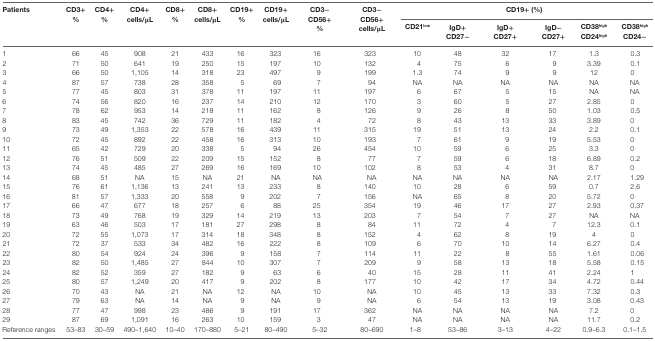
<table><thead><tr><td rowspan="2"><b>Patients</b></td><td rowspan="2"><b>CD3+%</b></td><td rowspan="2"><b>CD4+%</b></td><td rowspan="2"><b>CD4+cells/μL</b></td><td rowspan="2"><b>CD8+%</b></td><td rowspan="2"><b>CD8+cells/μL</b></td><td rowspan="2"><b>CD19+%</b></td><td rowspan="2"><b>CD19+cells/μL</b></td><td rowspan="2"><b>CD3−CD56+%</b></td><td rowspan="2"><b>CD3−CD56+cells/μL</b></td><td colspan="6"><b>CD19+ (%)</b></td></tr><tr><td><b>CD21<sup>low</sup></b></td><td><b>IgD+CD27−</b></td><td><b>IgD+CD27+</b></td><td><b>IgD−CD27+</b></td><td><b>CD38<sup>high</sup>CD24<sup>high</sup></b></td><td><b>CD38<sup>high</sup>CD24−</b></td></tr></thead><tbody><tr><td>1</td><td>66</td><td>45</td><td>908</td><td>21</td><td>433</td><td>16</td><td>323</td><td>16</td><td>323</td><td>10</td><td>48</td><td>32</td><td>17</td><td>1.3</td><td>0.3</td></tr><tr><td>2</td><td>71</td><td>50</td><td>641</td><td>19</td><td>250</td><td>15</td><td>197</td><td>10</td><td>132</td><td>4</td><td>75</td><td>6</td><td>9</td><td>3.39</td><td>0.1</td></tr><tr><td>3</td><td>66</td><td>50</td><td>1,105</td><td>14</td><td>318</td><td>23</td><td>497</td><td>9</td><td>199</td><td>1.3</td><td>74</td><td>9</td><td>9</td><td>12</td><td>0</td></tr><tr><td>4</td><td>87</td><td>57</td><td>738</td><td>28</td><td>358</td><td>5</td><td>69</td><td>7</td><td>94</td><td>NA</td><td>NA</td><td>NA</td><td>NA</td><td>NA</td><td>NA</td></tr><tr><td>5</td><td>77</td><td>45</td><td>803</td><td>31</td><td>378</td><td>11</td><td>197</td><td>11</td><td>197</td><td>6</td><td>67</td><td>5</td><td>15</td><td>NA</td><td>NA</td></tr><tr><td>6</td><td>74</td><td>56</td><td>820</td><td>16</td><td>237</td><td>14</td><td>210</td><td>12</td><td>170</td><td>3</td><td>60</td><td>5</td><td>27</td><td>2.85</td><td>0</td></tr><tr><td>7</td><td>78</td><td>62</td><td>953</td><td>14</td><td>218</td><td>11</td><td>162</td><td>8</td><td>126</td><td>9</td><td>26</td><td>8</td><td>50</td><td>1.03</td><td>0.5</td></tr><tr><td>8</td><td>83</td><td>45</td><td>742</td><td>36</td><td>729</td><td>11</td><td>182</td><td>4</td><td>72</td><td>8</td><td>43</td><td>13</td><td>33</td><td>3.89</td><td>0</td></tr><tr><td>9</td><td>73</td><td>49</td><td>1,353</td><td>22</td><td>578</td><td>16</td><td>439</td><td>11</td><td>315</td><td>19</td><td>51</td><td>13</td><td>24</td><td>2.2</td><td>0.1</td></tr><tr><td>10</td><td>72</td><td>45</td><td>892</td><td>22</td><td>458</td><td>16</td><td>313</td><td>10</td><td>193</td><td>7</td><td>61</td><td>9</td><td>19</td><td>5.53</td><td>0</td></tr><tr><td>11</td><td>65</td><td>42</td><td>729</td><td>20</td><td>338</td><td>5</td><td>94</td><td>26</td><td>454</td><td>10</td><td>59</td><td>6</td><td>25</td><td>3.3</td><td>0</td></tr><tr><td>12</td><td>76</td><td>51</td><td>509</td><td>22</td><td>209</td><td>15</td><td>152</td><td>8</td><td>77</td><td>7</td><td>59</td><td>6</td><td>18</td><td>6.89</td><td>0.2</td></tr><tr><td>13</td><td>74</td><td>45</td><td>485</td><td>27</td><td>269</td><td>16</td><td>169</td><td>10</td><td>102</td><td>8</td><td>53</td><td>4</td><td>31</td><td>8.7</td><td>0</td></tr><tr><td>14</td><td>68</td><td>51</td><td>NA</td><td>15</td><td>NA</td><td>21</td><td>NA</td><td>NA</td><td>NA</td><td>NA</td><td>NA</td><td>NA</td><td>NA</td><td>2.17</td><td>1.29</td></tr><tr><td>15</td><td>76</td><td>61</td><td>1,136</td><td>13</td><td>241</td><td>13</td><td>233</td><td>8</td><td>140</td><td>10</td><td>28</td><td>6</td><td>59</td><td>0.7</td><td>2.6</td></tr><tr><td>16</td><td>81</td><td>57</td><td>1,333</td><td>20</td><td>558</td><td>9</td><td>202</td><td>7</td><td>156</td><td>NA</td><td>65</td><td>8</td><td>20</td><td>5.72</td><td>0</td></tr><tr><td>17</td><td>66</td><td>47</td><td>677</td><td>18</td><td>257</td><td>6</td><td>88</td><td>25</td><td>354</td><td>19</td><td>46</td><td>17</td><td>27</td><td>2.93</td><td>0.37</td></tr><tr><td>18</td><td>73</td><td>49</td><td>768</td><td>19</td><td>329</td><td>14</td><td>219</td><td>13</td><td>203</td><td>7</td><td>54</td><td>7</td><td>27</td><td>NA</td><td>NA</td></tr><tr><td>19</td><td>63</td><td>46</td><td>503</td><td>17</td><td>181</td><td>27</td><td>298</td><td>8</td><td>84</td><td>11</td><td>72</td><td>4</td><td>7</td><td>12.3</td><td>0.1</td></tr><tr><td>20</td><td>72</td><td>55</td><td>1,073</td><td>17</td><td>314</td><td>18</td><td>348</td><td>8</td><td>152</td><td>4</td><td>62</td><td>8</td><td>19</td><td>4</td><td>0</td></tr><tr><td>21</td><td>72</td><td>37</td><td>533</td><td>34</td><td>482</td><td>16</td><td>222</td><td>8</td><td>109</td><td>6</td><td>70</td><td>10</td><td>14</td><td>6.27</td><td>0.4</td></tr><tr><td>22</td><td>80</td><td>54</td><td>924</td><td>24</td><td>396</td><td>9</td><td>158</td><td>7</td><td>114</td><td>11</td><td>22</td><td>8</td><td>55</td><td>1.61</td><td>0.06</td></tr><tr><td>23</td><td>82</td><td>50</td><td>1,485</td><td>27</td><td>844</td><td>10</td><td>307</td><td>7</td><td>209</td><td>9</td><td>58</td><td>13</td><td>18</td><td>5.58</td><td>0.15</td></tr><tr><td>24</td><td>82</td><td>52</td><td>359</td><td>27</td><td>182</td><td>9</td><td>63</td><td>6</td><td>40</td><td>15</td><td>28</td><td>11</td><td>41</td><td>2.24</td><td>1</td></tr><tr><td>25</td><td>80</td><td>57</td><td>1,249</td><td>20</td><td>417</td><td>9</td><td>202</td><td>8</td><td>177</td><td>10</td><td>42</td><td>17</td><td>34</td><td>4.72</td><td>0.44</td></tr><tr><td>26</td><td>70</td><td>43</td><td>NA</td><td>21</td><td>NA</td><td>12</td><td>NA</td><td>10</td><td>NA</td><td>10</td><td>45</td><td>13</td><td>33</td><td>7.32</td><td>0.3</td></tr><tr><td>27</td><td>79</td><td>63</td><td>NA</td><td>14</td><td>NA</td><td>9</td><td>NA</td><td>9</td><td>NA</td><td>6</td><td>54</td><td>13</td><td>19</td><td>3.08</td><td>0.43</td></tr><tr><td>28</td><td>77</td><td>47</td><td>998</td><td>23</td><td>486</td><td>9</td><td>191</td><td>17</td><td>362</td><td>NA</td><td>NA</td><td>NA</td><td>NA</td><td>7.2</td><td>0</td></tr><tr><td>29</td><td>87</td><td>69</td><td>1,091</td><td>16</td><td>263</td><td>10</td><td>159</td><td>3</td><td>47</td><td>NA</td><td>NA</td><td>NA</td><td>NA</td><td>11.7</td><td>0.2</td></tr><tr><td>Reference ranges</td><td>53–83</td><td>30–59</td><td>490–1,640</td><td>10–40</td><td>170–880</td><td>5–21</td><td>80–490</td><td>5–32</td><td>80–690</td><td>1–8</td><td>53–86</td><td>3–13</td><td>4–22</td><td>0.9–6.3</td><td>0.1–1.5</td></tr></tbody></table>